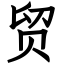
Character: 贸